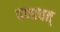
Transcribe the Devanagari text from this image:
दण्डवत्‌